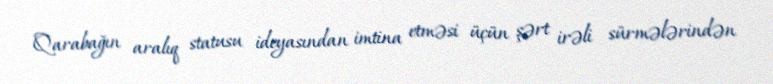
Qarabağın aralıq statusu ideyasından imtina etməsi üçün şərt irəli sürmələrindən